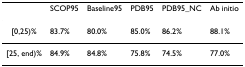
<table><thead><tr><td></td><td><b>SCOP95</b></td><td><b>Baseline95</b></td><td><b>PDB95</b></td><td><b>PDB95_NC</b></td><td><b>Ab initio</b></td></tr></thead><tbody><tr><td>[0,25)%</td><td>83.7%</td><td>80.0%</td><td>85.0%</td><td>86.2%</td><td>88.1%</td></tr><tr><td>[25, end)%</td><td>84.9%</td><td>84.8%</td><td>75.8%</td><td>74.5%</td><td>77.0%</td></tr></tbody></table>